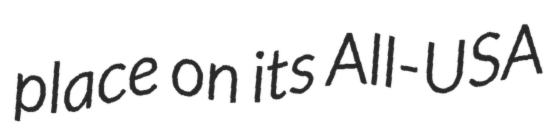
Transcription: place on its All-USA